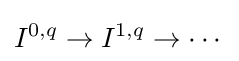
I^{0,q}\to I^{1,q}\to \cdots